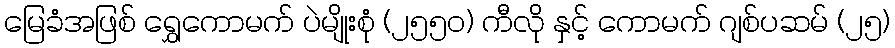
မြေခံအဖြစ် ရွှေကောမက် ပဲမျိုးစုံ (၂၅၅၀) ကီလို နှင့် ကောမက် ဂျစ်ပဆမ် (၂၅)